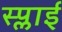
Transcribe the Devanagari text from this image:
स्प्लाई